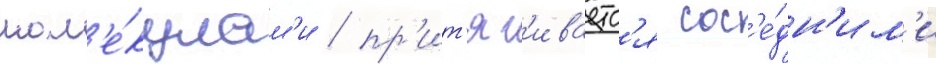
мол'е́кулам'и / пр'ит'яг'иваетс'я сос'е́дн'им'и